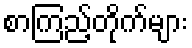
စာကြည့်တိုက်များ